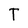
Character: T